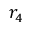
r _ { 4 }